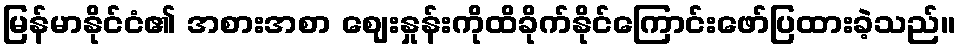
မြန်မာနိုင်ငံ၏ အစားအစာ ဈေးနှုန်းကိုထိခိုက်နိုင်ကြောင်းဖော်ပြထားခဲ့သည်။